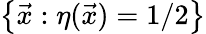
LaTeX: \big\{ \vec{x}:\eta(\vec{x})=1/2\big\}